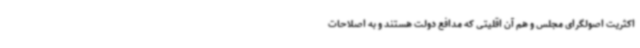
اکثریت اصولگرای مجلس و هم آن اقلیتی که مدافع دولت هستند و به اصلاحات